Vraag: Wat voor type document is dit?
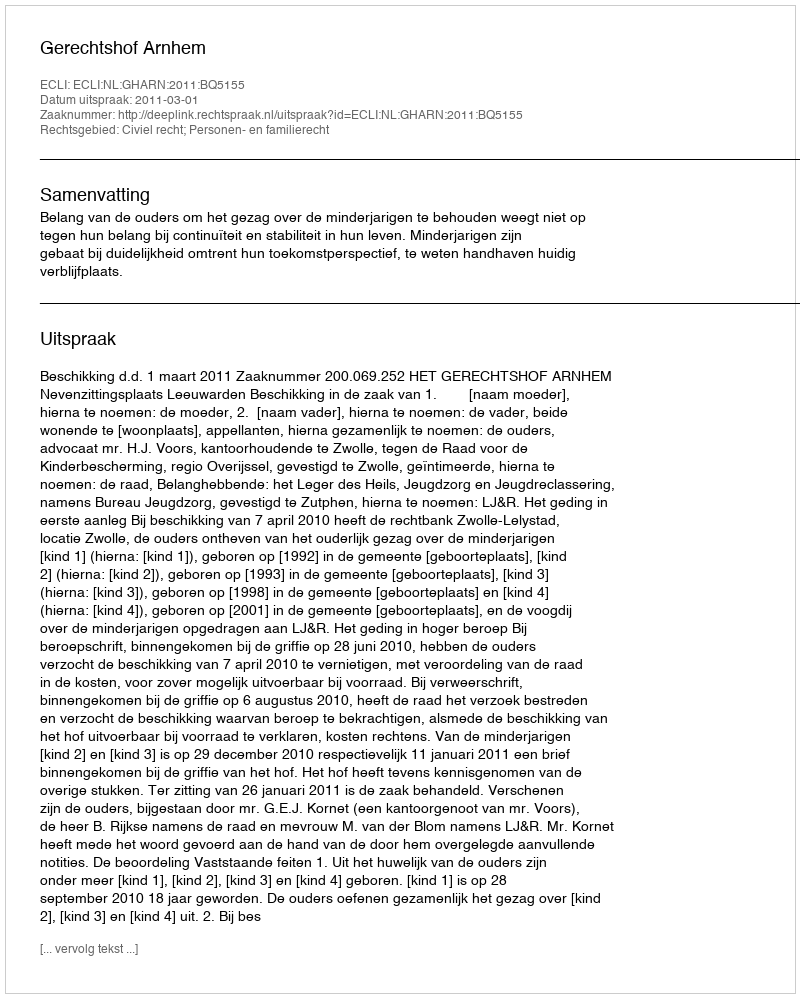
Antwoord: Uitspraak